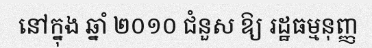
នៅក្នុង ឆ្នាំ ២០១០ ជំនួស ឱ្យ រដ្ឋធម្មនុញ្ញ